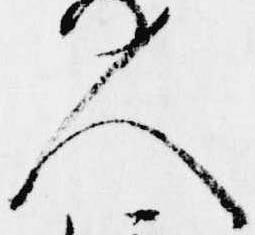
人